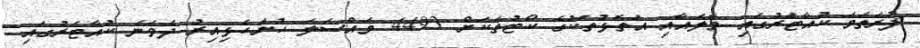
ފުރަތަމަ ކުއާޓަރުގައި މާލެއާއި އަތޮޅުތަކުގެ ކޯޓުތަކަށް 4493 މައްސަލަ ހުށަހެޅިއިރު ދެވަނަ ކުއާޓަރުގައި